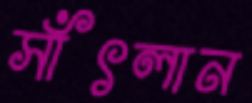
সাঁৎলান